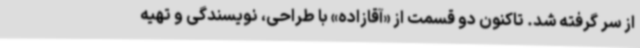
از سر گرفته شد. تاکنون دو قسمت از «آقازاده» با طراحی، نویسندگی و تهیه